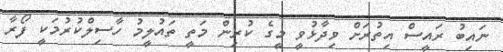
ނައިބު ރައީސް އިތުރަށް ވިދާޅުވީ މީގެ ކުރިން މަތީ ތައުލީމު ހާސިލްކުރުމަކީ ފޯރާ